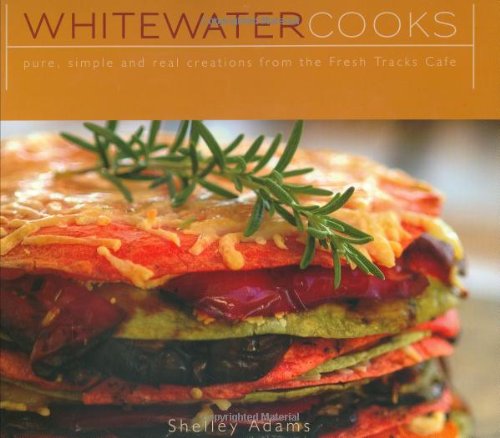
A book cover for Whitewater Cooks; Shelley Adams; Cookbooks, Food & Wine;